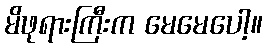
မိဖုရားကြီးက မေမေပေါ့။